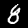
Digit: 8